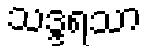
သဒ္ဒရသာ